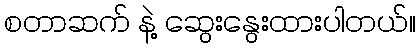
စတာဆက် နဲ့ ဆွေးနွေးထားပါတယ်။